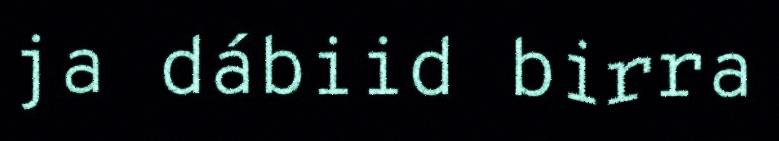
ja dábiid birra